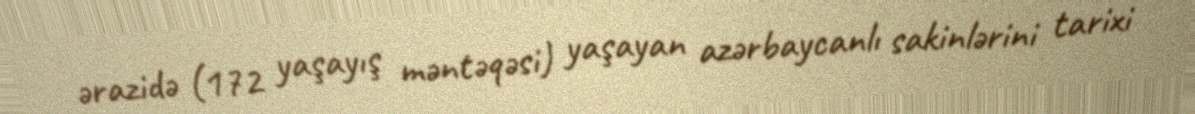
ərazidə (172 yaşayış məntəqəsi) yaşayan azərbaycanlı sakinlərini tarixi